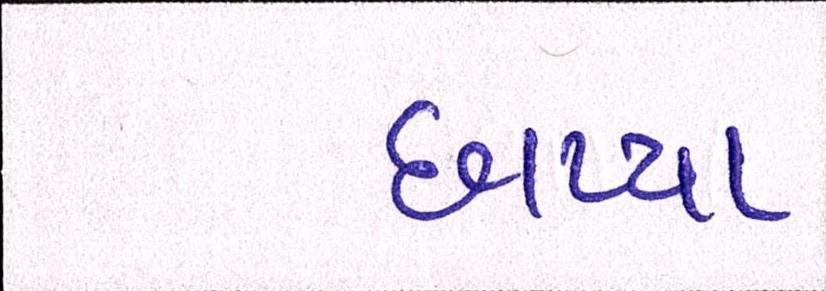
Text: છાપ્યા